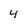
Character: 4